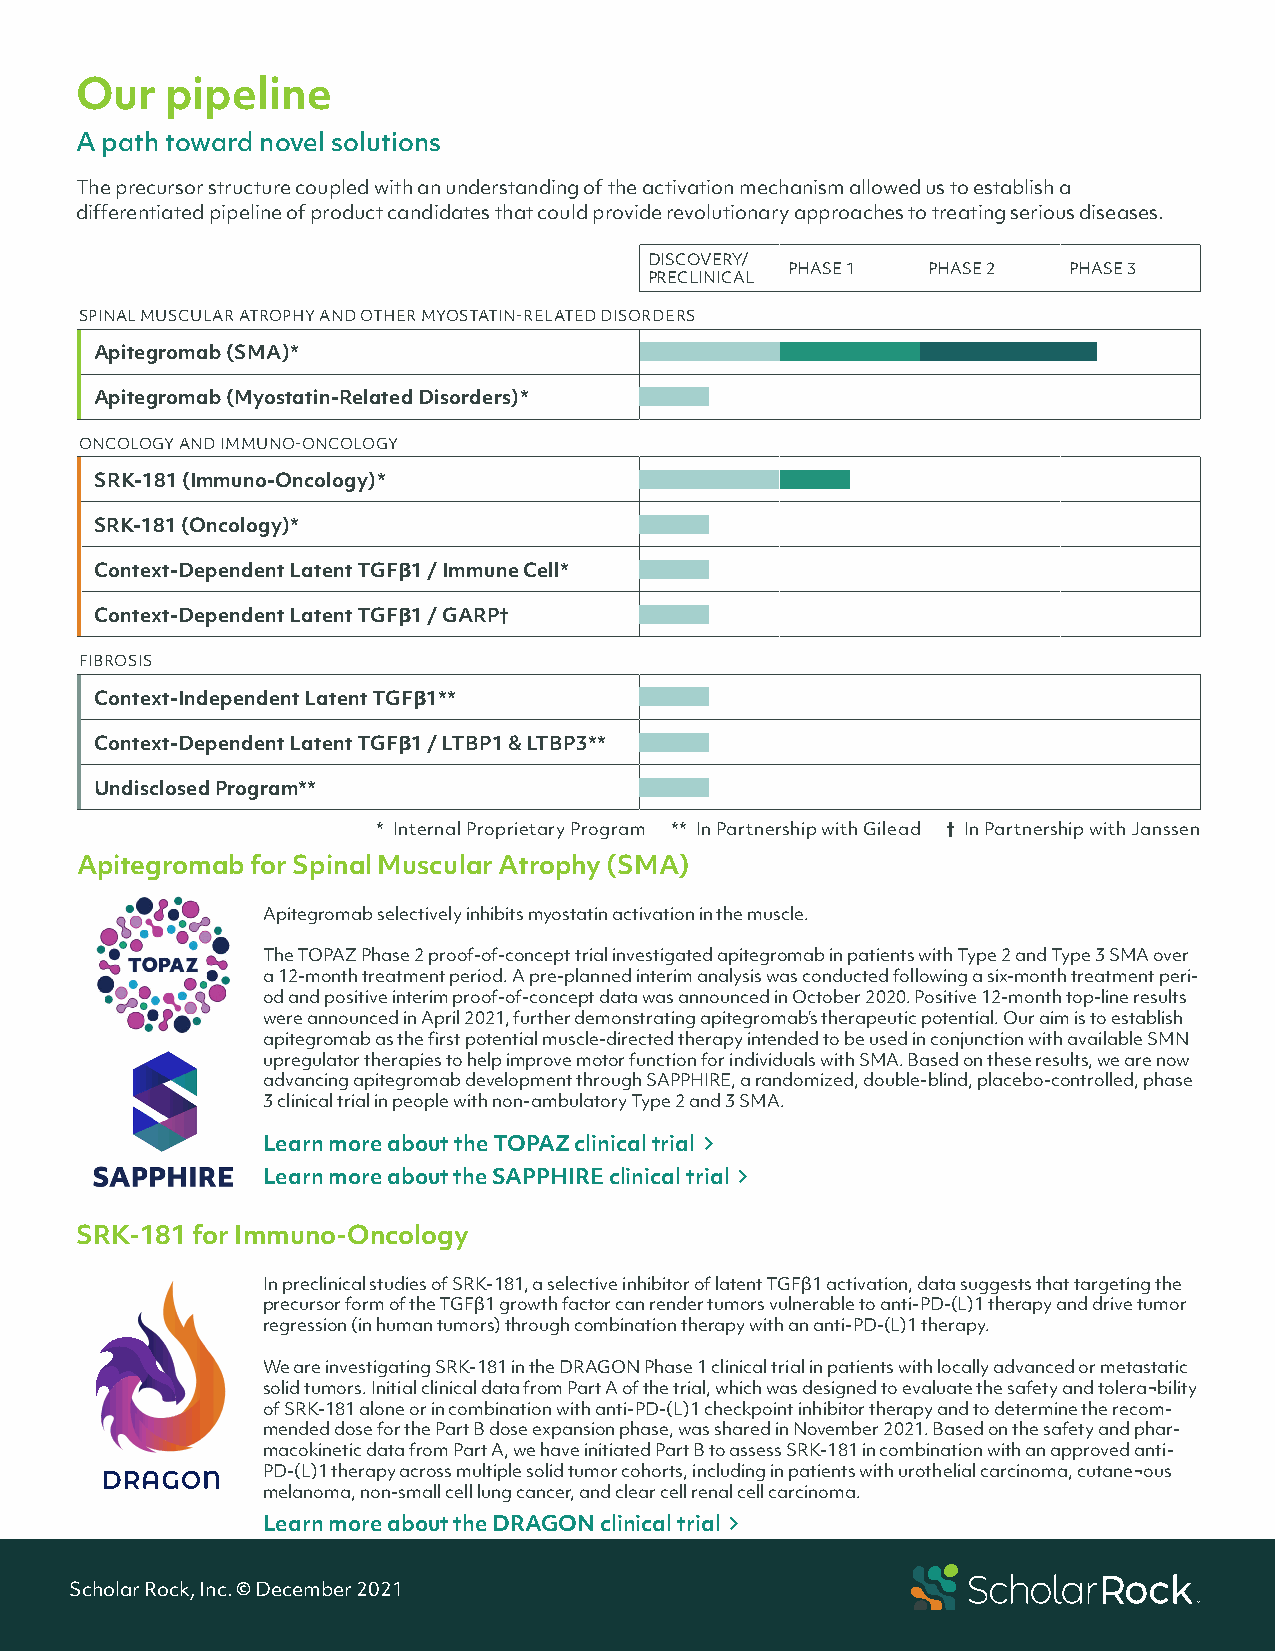
Our   pipeline
 A path toward novel solutions
 The precursor structure coupled with an understanding of the activation mechanism allowed us to establish a
 differentiated pipeline of product candidates that could provide revolutionary approaches to treating serious diseases.
 DISCOVERY/
 PHASE 1  PHASE 2   PHASE 3
 PRECLINICAL
 SPINAL MUSCULAR ATROPHY AND OTHER MYOSTATIN-RELATED DISORDERS
 Apitegromab (SMA)*
 Apitegromab (Myostatin-Related Disorders)*
 ONCOLOGY AND IMMUNO-ONCOLOGY
 SRK-181 (Immuno-Oncology)*
 SRK-181 (Oncology)*
 Context-Dependent Latent TGFβ1 / Immune Cell*
 Context-Dependent Latent TGFβ1 / GARP†
 FIBROSIS
 Context-Independent Latent TGFβ1**
 Context-Dependent Latent TGFβ1 / LTBP1 & LTBP3**
 Undisclosed Program**
 * Internal Proprietary Program ** In Partnership with Gilead † In Partnership with Janssen
 Apitegromab for Spinal Muscular Atrophy (SMA)
 Apitegromab selectively inhibits myostatin activation in the muscle.
 The TOPAZ Phase 2 proof-of-concept trial investigated apitegromab in patients with Type 2 and Type 3 SMA over
 a 12-month treatment period. A pre-planned interim analysis was conducted following a six-month treatment peri-
 od and positive interim proof-of-concept data was announced in October 2020. Positive 12-month top-line results
 were announced in April 2021, further demonstrating apitegromab’s therapeutic potential. Our aim is to establish
 apitegromab as the first potential muscle-directed therapy intended to be used in conjunction with available SMN
 upregulator therapies to help improve motor function for individuals with SMA. Based on these results, we are now
 advancing apitegromab development through SAPPHIRE, a randomized, double-blind, placebo-controlled, phase
 3 clinical trial in people with non-ambulatory Type 2 and 3 SMA.
 Learn more about the TOPAZ clinical trial 
 Learn more about the SAPPHIRE clinical trial 
 SRK-181 for Immuno-Oncology
 In preclinical studies of SRK-181, a selective inhibitor of latent TGFβ1 activation, data suggests that targeting the
 precursor form of the TGFβ1 growth factor can render tumors vulnerable to anti-PD-(L)1 therapy and drive tumor
 regression (in human tumors) through combination therapy with an anti-PD-(L)1 therapy.
 We are investigating SRK-181 in the DRAGON Phase 1 clinical trial in patients with locally advanced or metastatic
 solid tumors. Initial clinical data from Part A of the trial, which was designed to evaluate the safety and tolera¬bility
 of SRK-181 alone or in combination with anti-PD-(L)1 checkpoint inhibitor therapy and to determine the recom-
 mended dose for the Part B dose expansion phase, was shared in November 2021. Based on the safety and phar-
 macokinetic data from Part A, we have initiated Part B to assess SRK-181 in combination with an approved anti-
 PD-(L)1 therapy across multiple solid tumor cohorts, including in patients with urothelial carcinoma, cutane¬ous
 melanoma, non-small cell lung cancer, and clear cell renal cell carcinoma.
 Learn more about the DRAGON clinical trial 
 Scholar Rock, Inc. © December 2021